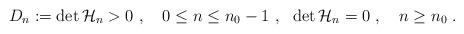
LaTeX: \begin{gather*} D_n := \det {\mathcal{H}}_{n} > 0 \ , \ \ \ 0 \leq n \leq n_{0} - 1 \ , \ \ \det {\mathcal{H}}_{n} = 0 \ , \ \ \ n \geq n_{0} \ .\end{gather*}